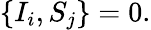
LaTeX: \left\lbrace I_{i},S_{j}\right\rbrace=0.